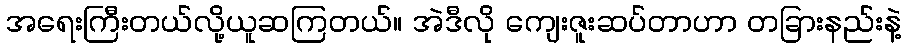
အရေးကြီးတယ်လို့ယူဆကြတယ်။ အဲဒီလို ကျေးဇူးဆပ်တာဟာ တခြားနည်းနဲ့